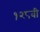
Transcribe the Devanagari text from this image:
१२८वी